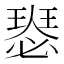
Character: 𤨝